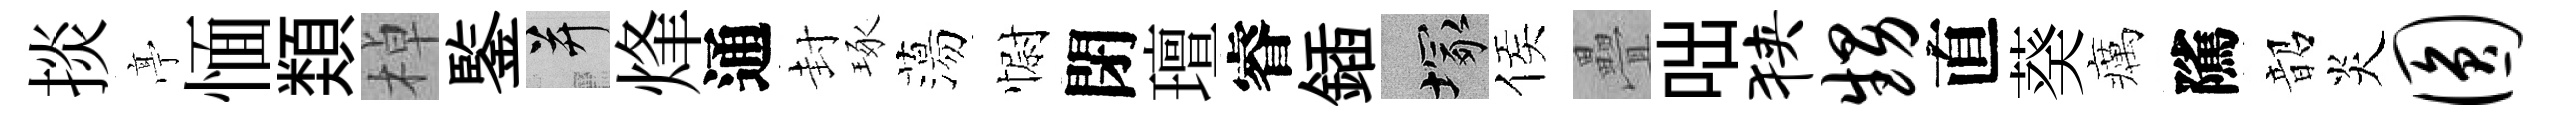
掞𠅘愐𩔖棹鍳并烽通封琢蕩𢠢閉璮睿鍤塚侯疊咄狭甥直葵癘隲韶炎圆